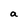
Character: a